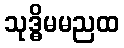
သုဒ္ဓိမမညထ